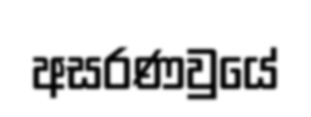
අසරණවුයේ